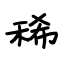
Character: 稀